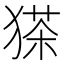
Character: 𱮒